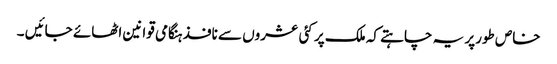
خاص طورپر یہ چاہتے کہ ملک پر کئی عشروں سے نافذ ہنگامی قوانین اٹھائے جائیں ۔